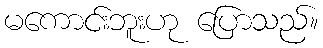
မကောင်းဘူးဟု ပြောသည်။